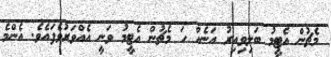
މެޗުން އެޓީމު ބަލިވިއިރު އަނެއް ހަ މެޗުން އެޓީމު ވަނީ އެއްވަރުވެފައެވެ. އެންމެ